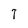
Character: T